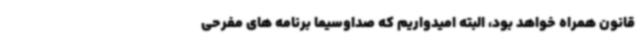
قانون همراه خواهد بود، البته امیدواریم که صداوسیما برنامه های مفرحی